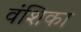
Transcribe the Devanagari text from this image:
वंशिका